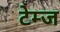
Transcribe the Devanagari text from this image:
टेम्ज